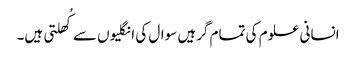
انسانی علوم کی تمام گرہیں سوال کی انگلیوں سے کُھلتی ہیں۔